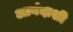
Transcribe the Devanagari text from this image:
आनंदाशी